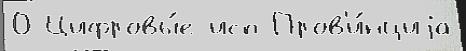
0 Цифровы́е исп Пров'и́нциjа